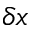
\delta x